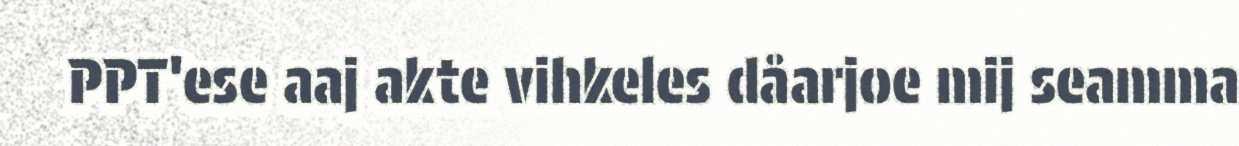
PPT'ese aaj akte vihkeles dåarjoe mij seamma